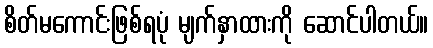
စိတ်မကောင်းဖြစ်ရပုံ မျက်နှာထားကို ဆောင်ပါတယ်။